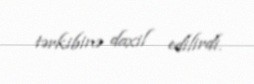
tərkibinə daxil edilirdi.